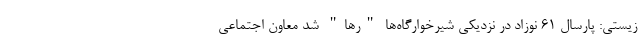
زیستی: پارسال ۶۱ نوزاد در نزدیکی شیرخوارگاه‌ها "رها" شد معاون اجتماعی